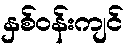
နှစ်ဝန်းကျင်